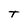
Character: T